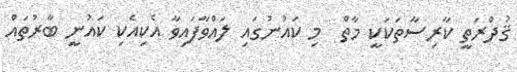
ޤުދްރަތީ ކާރިސާތަކަކީ މާތް  މި ކައުނުގައި ލައްވާފައިވާ އެކިއެކި ކައުނީ ބާރުތައް